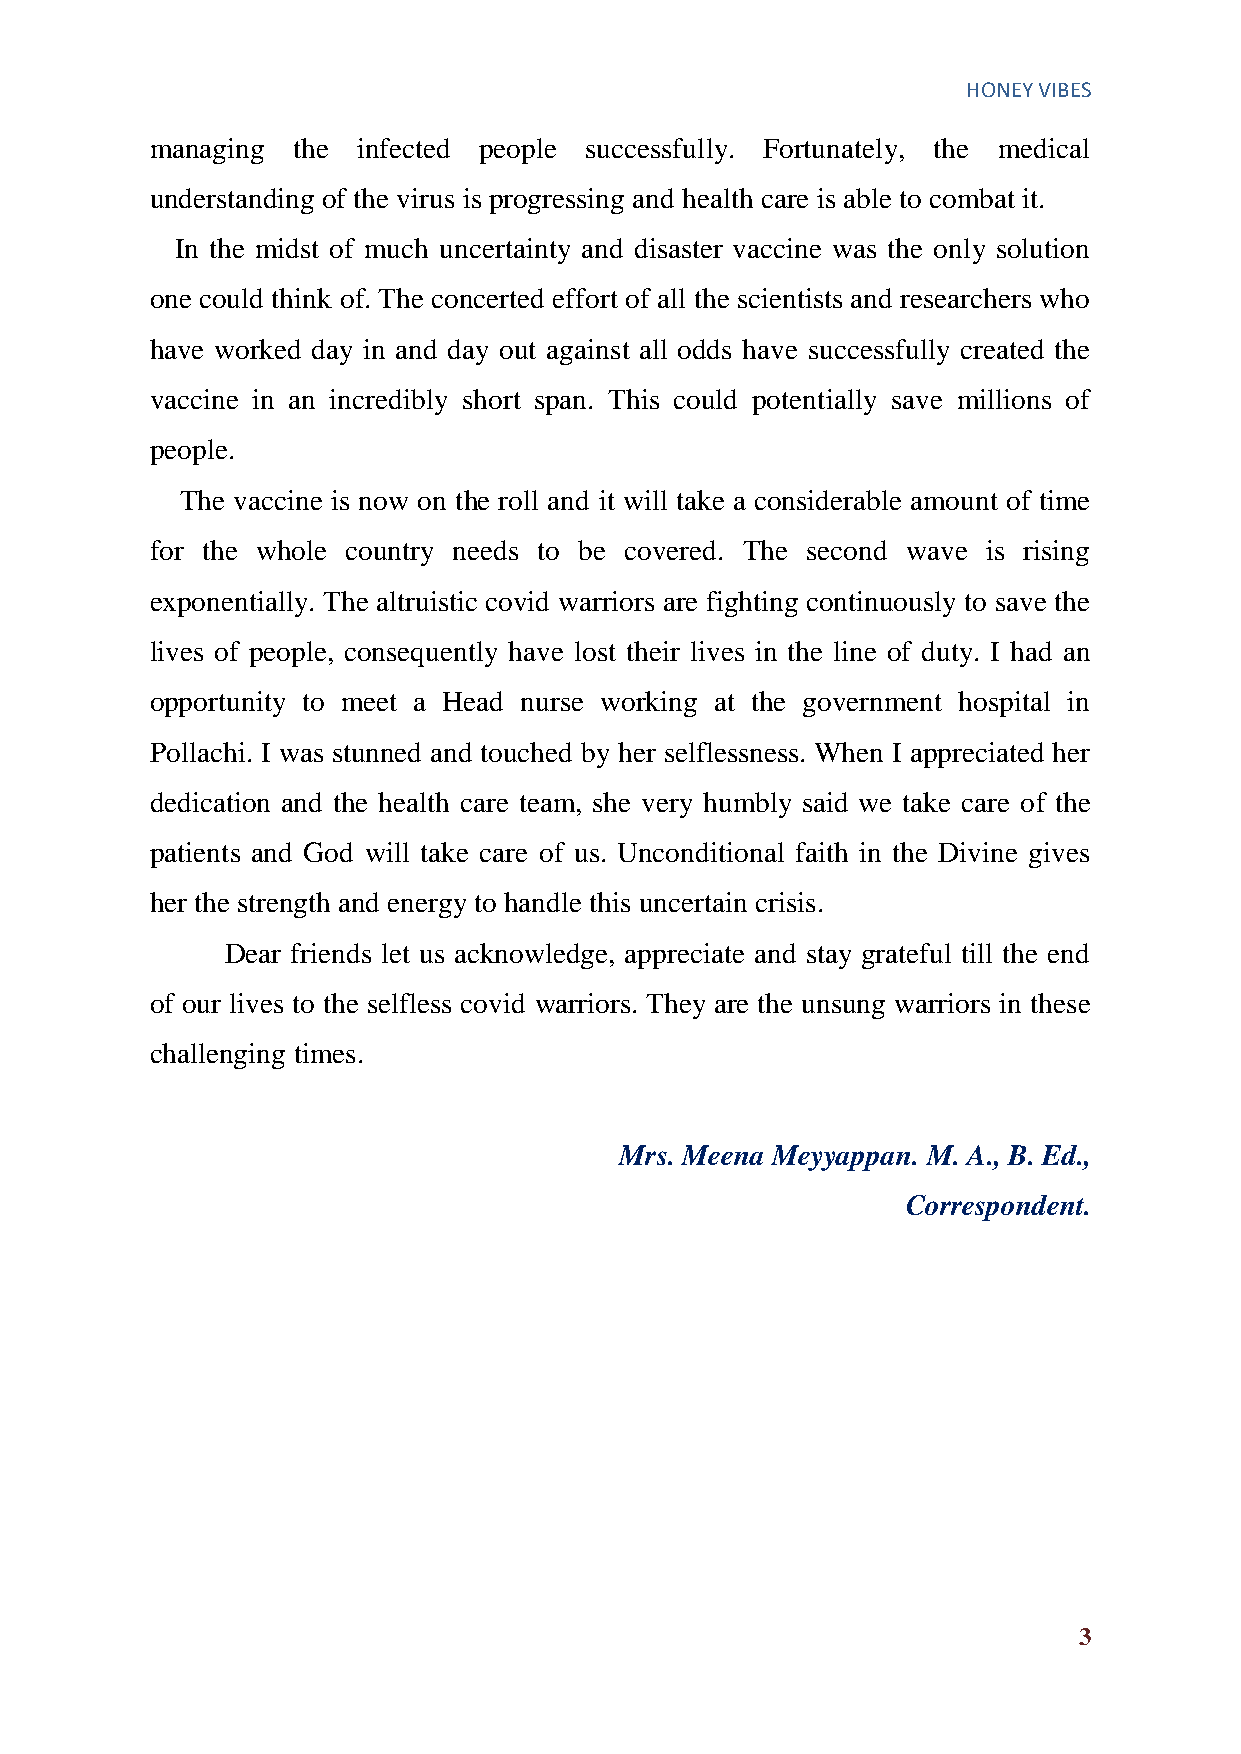
HONEY VIBES
 managing the  infected people successfully. Fortunately, the medical
 understanding of the virus is progressing and health care is able to combat it.
 In the midst of much uncertainty and disaster vaccine was the only solution
 one could think of. The concerted effort of all the scientists and researchers who
 have worked day in and day out against all odds have successfully created the
 vaccine in an incredibly short span. This could potentially save millions of
 people.
 The vaccine is now on the roll and it will take a considerable amount of time
 for the whole country needs to be covered. The second wave is rising
 exponentially. The altruistic covid warriors are fighting continuously to save the
 lives of people, consequently have lost their lives in the line of duty. I had an
 opportunity to meet a Head nurse working at the government hospital in
 Pollachi. I was stunned and touched by her selflessness. When I appreciated her
 dedication and the health care team, she very humbly said we take care of the
 patients and God will take care of us. Unconditional faith in the Divine gives
 her the strength and energy to handle this uncertain crisis.
 Dear friends let us acknowledge, appreciate and stay grateful till the end
 of our lives to the selfless covid warriors. They are the unsung warriors in these
 challenging times.
 Mrs. Meena Meyyappan. M. A., B. Ed.,
 Correspondent.
 3